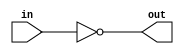
/*

Inverter

a   0
-----
0   1
1   0

*/


module not_gate (
    input in,
    output out
);

    assign out = ~in;

endmodule